Lock hospitals Punjab
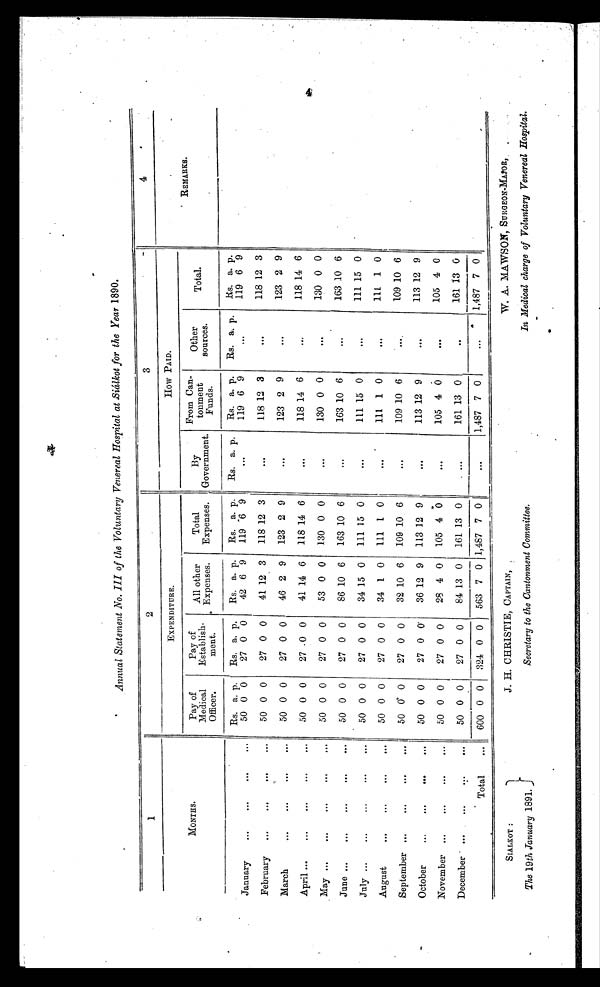
Annual Statement No. III of the Voluntary Venereal Hospital at Siálkot for the Year 1890.
1
2
3
4
MONTHS.
EXPENDITURE.
How PAID.
REMARKS.
Pay of
Medical
Officer.
Pay of
Establish-
meat.
All other
Expenses.
Total
Expenses.
By
Government.
From Can-
tonment
Funds.
Other
sources.
Total.
Rs. a. p.
Rs. a. p.
Rs. a. p.
Rs. a. p.
Rs. a. p.
Rs. a. p.
Rs. a. p. Rs. a. p.
January
...
...
...
...
50 0 0
27 0 0
42 6 9
119 6 9
. . .
119 6 9
. . .
119 6 9
February ...
...
...
...
50 0 0
27 0 0
41 12 3
118 12 3
. . .
118 12 3
. . . 118 12 3
March
. . .
...
...
...
50 0 0
27 0 0
46 2 9
123 2 9
. . .
123 2 9
. . .
123 2 9
April ...
...
...
...
. . .
50 0 0
27 0 0
41 14 6
118 14 6
. . .
118 14 6
...
118 14 6
May ...
...
...
...
...
50 0 0
27 0 0
53 0 0 130 0 0
. . .
130 0 0
. . . 130 0 0
June ...
...
...
...
...
50 0 0
27 0 0
86 10 6
163 10 6
. . .
163 10 6
. . . 163 10 6
July ...
...
...
. . .
...
50 0 0
27 0 0
34 15 0 111 15 0
. . .
111 15 0
...
111 15 0
August
...
...
...
...
50 0 0
27 0 0
34 1 0 111 1 0
. . .
111 1 0
. . . 111 1 0
September ...
...
...
. . .
50 0 0
27 0 0
32 10 6
109 10 6
. . .
109 10 6
. . . .
109 10 6
October
...
...
...
. . .
50 0 0
27 0 0
36 12 9 113 12 9
. . .
113 12 9
. . .
113 12 9
November ...
. . .
...
...
50 0 0
27 0 0
28 4 0 105 4
0
. . .
105 4 0
. . .
105 4 0
December . ...
...
. . .
...
50 0 0
27 0 0
84 13 0
161 13 0
...
161 13 0
..
161 13 0
Total
...
600 0 0 324 0 0 563 7 0 1,487 7 0
. . .
1,487 7 0
. . .
1,487 7 0
•
SIALKOT
J. H. CHRISTIE, CAPTAIN,
W. A. MAWSON, SURGEON-MAJOR,
The 19 th January 1891.
Secretary to the Cantonment Committee.
In Medical charge of Voluntary Venereal Hospital.